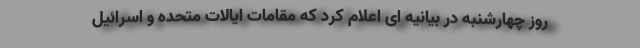
روز چهارشنبه در بیانیه ای اعلام کرد که مقامات ایالات متحده و اسرائیل